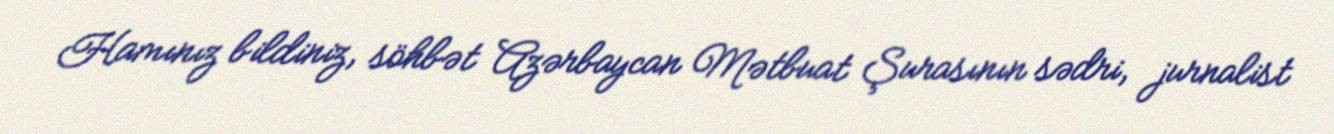
Hamınız bildiniz, söhbət Azərbaycan Mətbuat Şurasının sədri, jurnalist